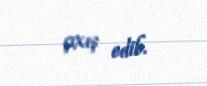
çıxış edib.